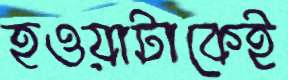
হওয়াটাকেই